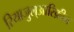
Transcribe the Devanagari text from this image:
रियाजुल्आरिफ़ीन